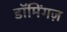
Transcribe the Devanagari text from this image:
डॉमिंगज़